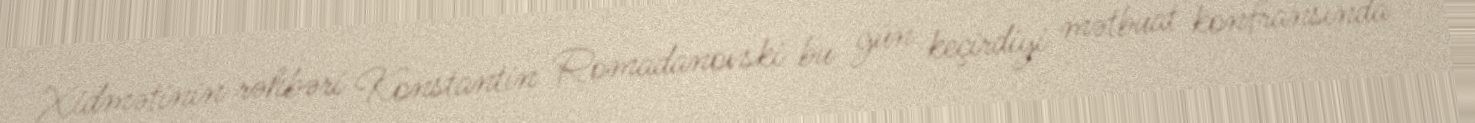
Xidmətinin rəhbəri Konstantin Romadanovski bu gün keçirdiyi mətbuat konfransında